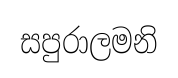
සපුරාලමනි